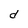
Character: d